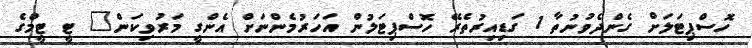
ހޮސްޕިޓަލަށް ގެންދެވުނުތާ 1 ގަޑިއިރުތެރޭ ހޮސްޕިޓަލުން އަހަރުމެންނަށް އެންގީ މަރުވިކަން" ޓީ ޓީމްގެ